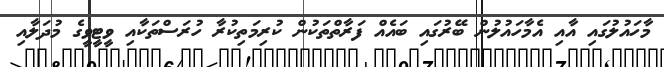
މާހައުލުގައި އާއި އެމާހައުލުން ބޭރުގައި ބައެއް ފަރާތްތަކުން ކުރިމަތިކުރާ ހުރަސްތަކާއި ވީޓީވީގެ މުދަލާއި